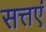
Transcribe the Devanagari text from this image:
सत्तएं